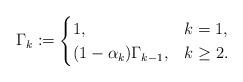
LaTeX: \begin{align*} \Gamma_k := \begin{cases} 1, & k=1, \\ (1-\alpha_k)\Gamma_{k-1}, & k \ge 2. \end{cases} \end{align*}